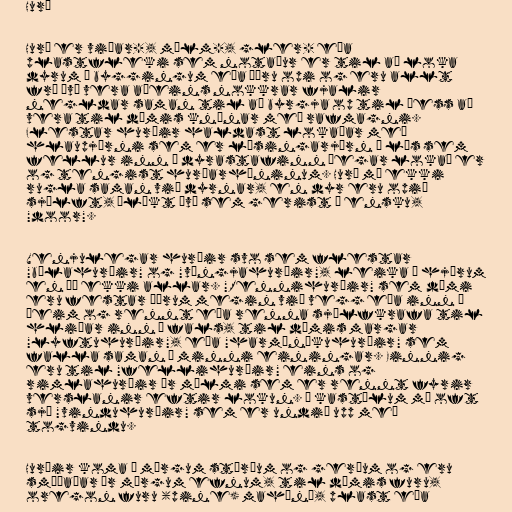
Hurð

Hurð er viðar-, málm-, gler- eða
plastfleki sem notaður er til að loka
dyrum á byggingum eða öðru opi og eru allt
frá því vera aðeins nokkrar fjalir
negldar saman til að byrgja op til þess að
vera til dæmis knúnar með rafmagni.
Flestar hurðir haldast lokaðar með
hlaupjárni sem er læsingarjárn í lás sem
fellur inn í dyrastafinn þegar lokað er
og tengist hurðarhúninum. Hurð má ekki
rugla saman við dyrnar, en dyr eru opið
sjálft, ólíkt því sem gerist í ensku,
"door".

Venjulegar hurðir svo sem flestar
"bílahurðir" og "vængjahurðir", leika á hjörum
en þó ekki allar. "Rennihurðir" sem dæmi
eru festar öðrum megin við vegg eða inn í
þeim og rennt eða renna sjálfkrafa til
hliðar inn í fals, til dæmis margar
"lyftuhurðir", eða "harmóníkuhurðir" sem
falla saman í minni einingar. Einnig
eru til "fellihurðir" eins og
rimlahurðir úr málmi sem er rennt fyrir
verslanir eftir lokun. Á kastölum má oft
sjá "vinduhurðir" sem er undið upp með
togvindu.

Hurðir koma í mörgum stærðum og gerðum og eru
smíðaðar úr mörgum efnum, til dæmis furu,
oregon furu (pine) mahóní, plast eða